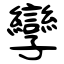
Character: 孿